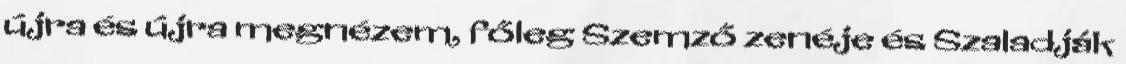
újra és újra megnézem, főleg Szemző zenéje és Szaladják